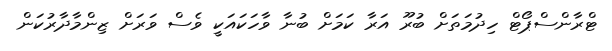
ޓްރާންސްޕޯޓް ހިދުމަތަށް ބުރޫ އަރާ ކަމަށް ބުނާ ވާހަކައަކީ ވެސް ވަރަށް ޒިންމާދާރުކަން